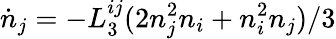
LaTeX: \dot{n}_{j}=-L_{3}^{ij}(2n_{j}^{2}n_{i}+n_{i}^{2}n_{j})/3